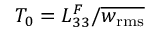
T _ { 0 } = L _ { 3 3 } ^ { F } / \overline { { w _ { \mathrm { r m s } } } }